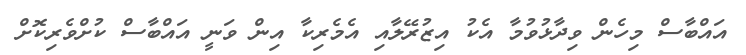
އައްބާސް މިހެން ވިދާޅުވުމާ އެކު އިޒުރޭލާއި އެމެރިކާ އިން ވަނީ އައްބާސް ކުށްވެރިކޮށް